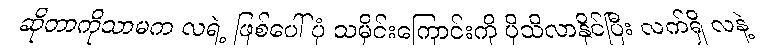
ဆိုတာကိုသာမက လရဲ့ ဖြစ်ပေါ်ပုံ သမိုင်းကြောင်းကို ပိုသိလာနိုင်ပြီး လက်ရှိ လနဲ့